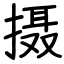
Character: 摄